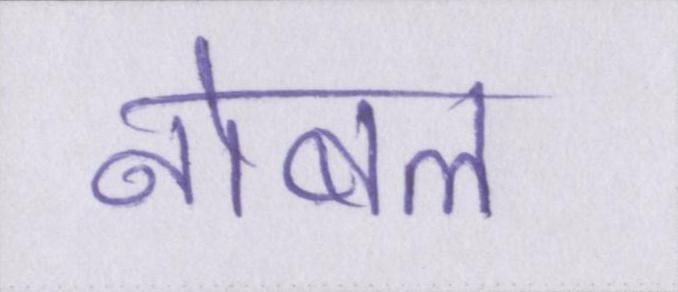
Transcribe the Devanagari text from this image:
नोबल